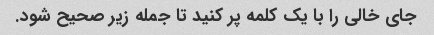
جای خالی را با یک کلمه پر کنید تا جمله زیر صحیح شود.